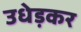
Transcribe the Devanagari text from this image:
उधेड़कर